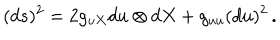
( d s ) ^ { 2 } = 2 g _ { u X } d u \otimes d X + g _ { u u } ( d u ) ^ { 2 } \, .